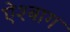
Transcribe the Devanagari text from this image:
ऐश्बाग